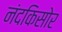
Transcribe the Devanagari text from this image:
नंदकिसोर